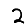
Digit: 2